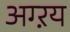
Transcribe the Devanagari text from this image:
अग्ऱय